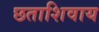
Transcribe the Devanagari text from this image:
छताशिवाय